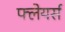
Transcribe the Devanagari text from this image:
फ्लेयर्स